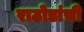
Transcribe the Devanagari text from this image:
राठोडांची